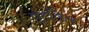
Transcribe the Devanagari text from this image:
वुडविल